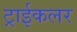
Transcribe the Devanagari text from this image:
ट्राईकलर